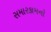
સમારકામનો